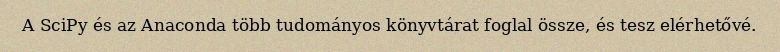
A SciPy és az Anaconda több tudományos könyvtárat foglal össze, és tesz elérhetővé.